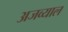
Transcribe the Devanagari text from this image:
अजव्याल